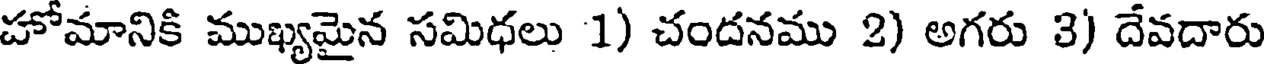
హోమానికి ముఖ్యమైన సమిధలు 1) చందనము 2) అగరు 3) దేవదారు